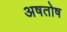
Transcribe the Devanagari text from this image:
अषतोष